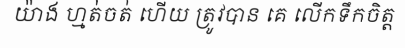
យ៉ាង ហ្មត់ចត់ ហើយ ត្រូវបាន គេ លើកទឹកចិត្ត